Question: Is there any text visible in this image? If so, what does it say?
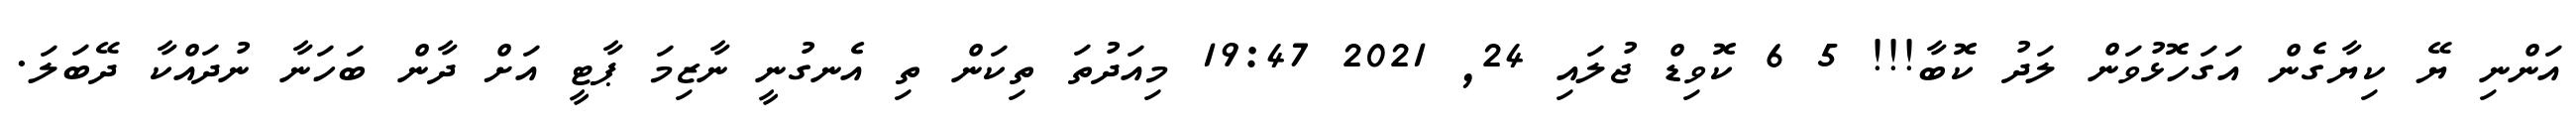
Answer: އަންނި ޔޭ ކިޔާގެން އަގަހޮޅުވަން ލަދު ކޮބާ!!! 5 6 ކޮވިޑް ޖުލައި 24, 2021 19:47 މިއަދުތަ ތިކަން ތި އެނގުނީ ނާޒިމަ ޕާޓީ އަށް ދާން ބަހަނާ ނުދައްކާ ދޭބަލަ.